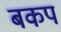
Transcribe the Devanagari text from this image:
बकप